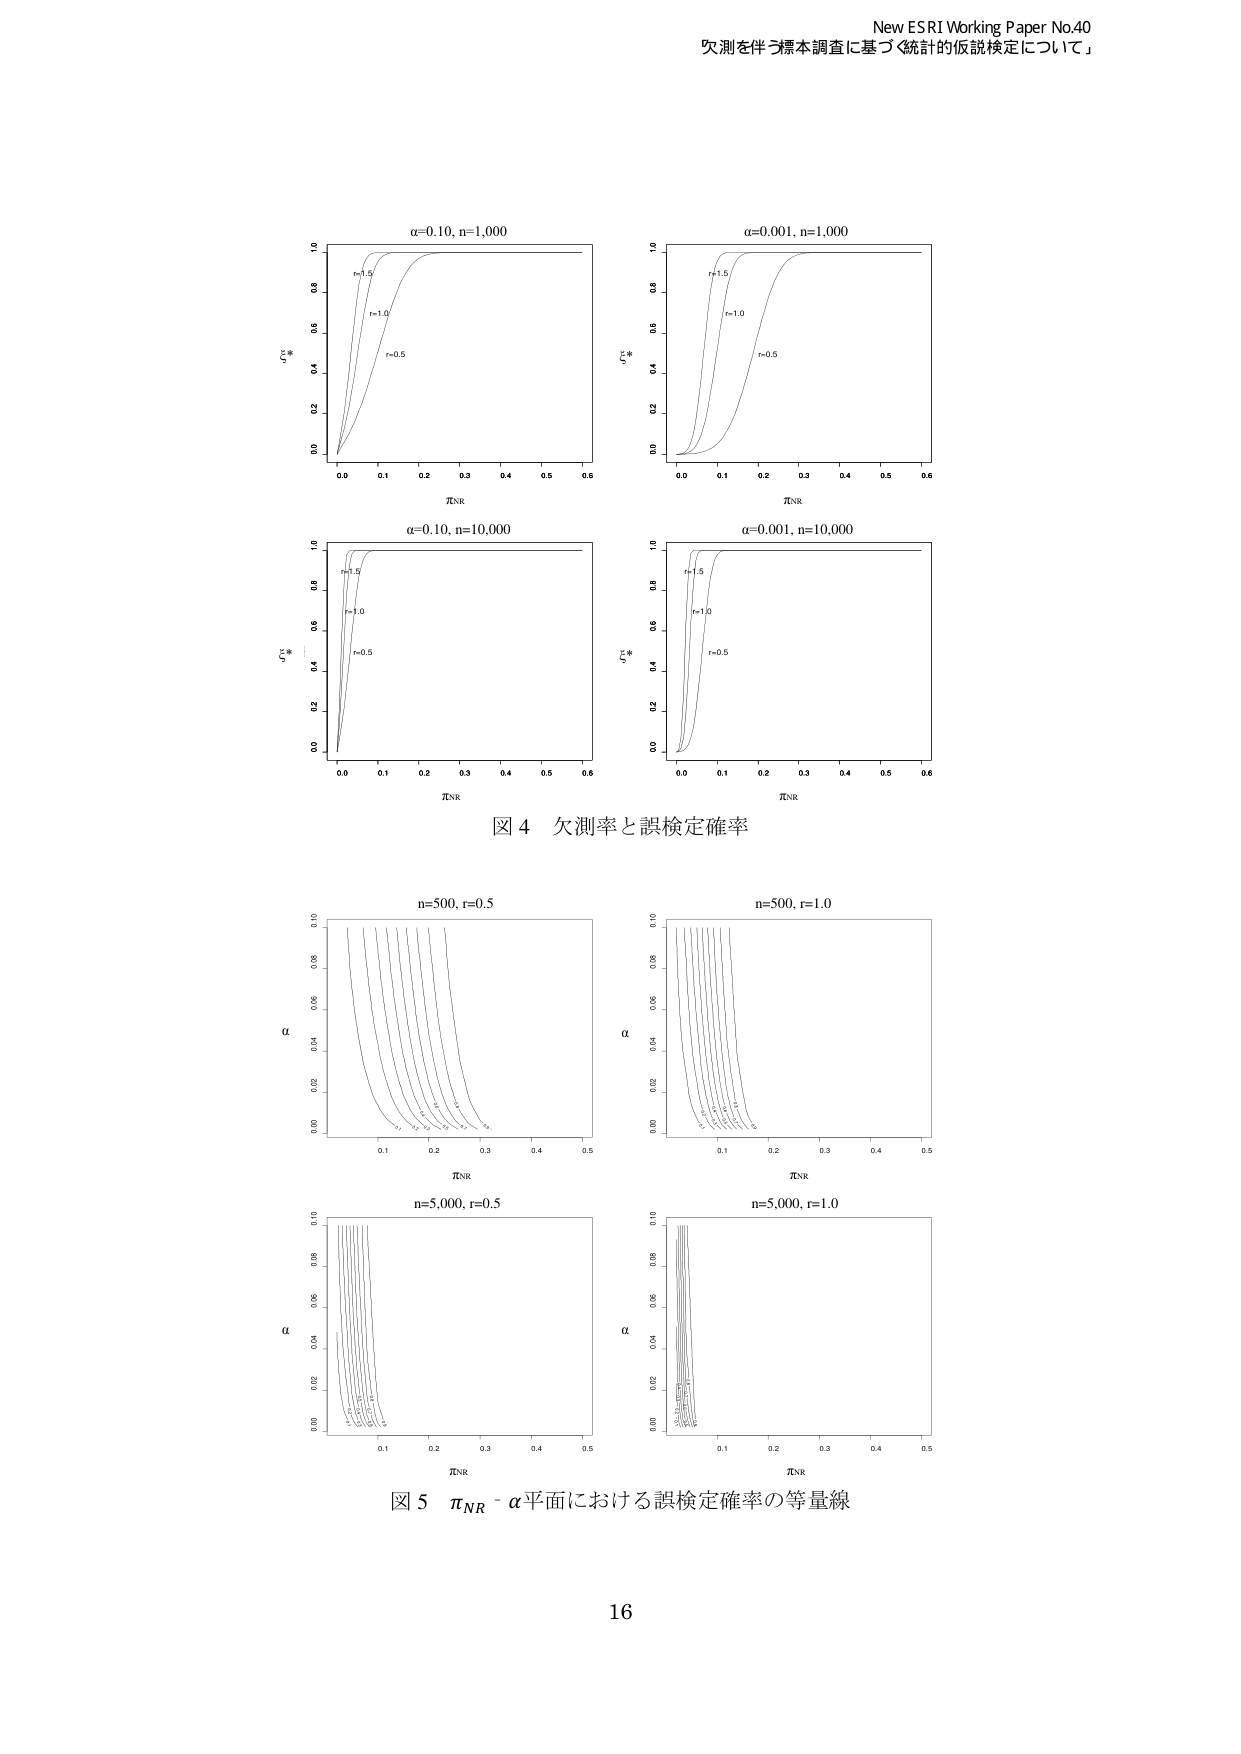
New ESRI Working Paper No.40
欠測を伴う標本調査に基づく「統計的仮説検定について」

α=0.10, n=1,000
r=1.5
r=1.0
r=0.5
πNR
α=0.001, n=1,000
r=1.5
r=1.0
r=0.5
πNR
α=0.10, n=10,000
r=1.5
r=1.0
r=0.5
πNR
α=0.001, n=10,000
r=1.5
r=1.0
r=0.5
πNR
図 4 欠測率と誤検定確率

n=500, r=0.5
α
πNR
n=500, r=1.0
α
πNR
n=5,000, r=0.5
α
πNR
n=5,000, r=1.0
α
πNR
図 5 πNR - α平面における誤検定確率の等量線

16